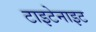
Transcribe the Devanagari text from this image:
टाइटेनाइट